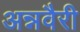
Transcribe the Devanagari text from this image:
अन्नवैरी